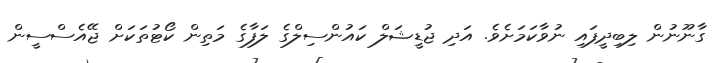
ގާނޫނުން ލިބިދީފައި ނުވާކަމަށެވެ. އަދި ޖުޑީޝަލް ކައުންސިލްގެ ލަފާގެ މަތިން ކޯޓުތަކަށް ޖޭއެސްސީން